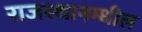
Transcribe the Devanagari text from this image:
राजस्थानम्धील